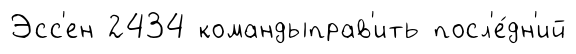
Эсс'ен 2434 командыправ'ить посл'е́дн'ий